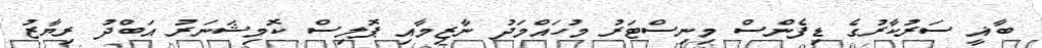
ބާޣީ ސަރުކާރުގެ ޑިފެންސް މިނިސްޓަރު މުހައްމަދު ނާޒިމާއި ޕޮލިސް ކޮމިޝަނަރު އަބްދު ރިޔާޒު